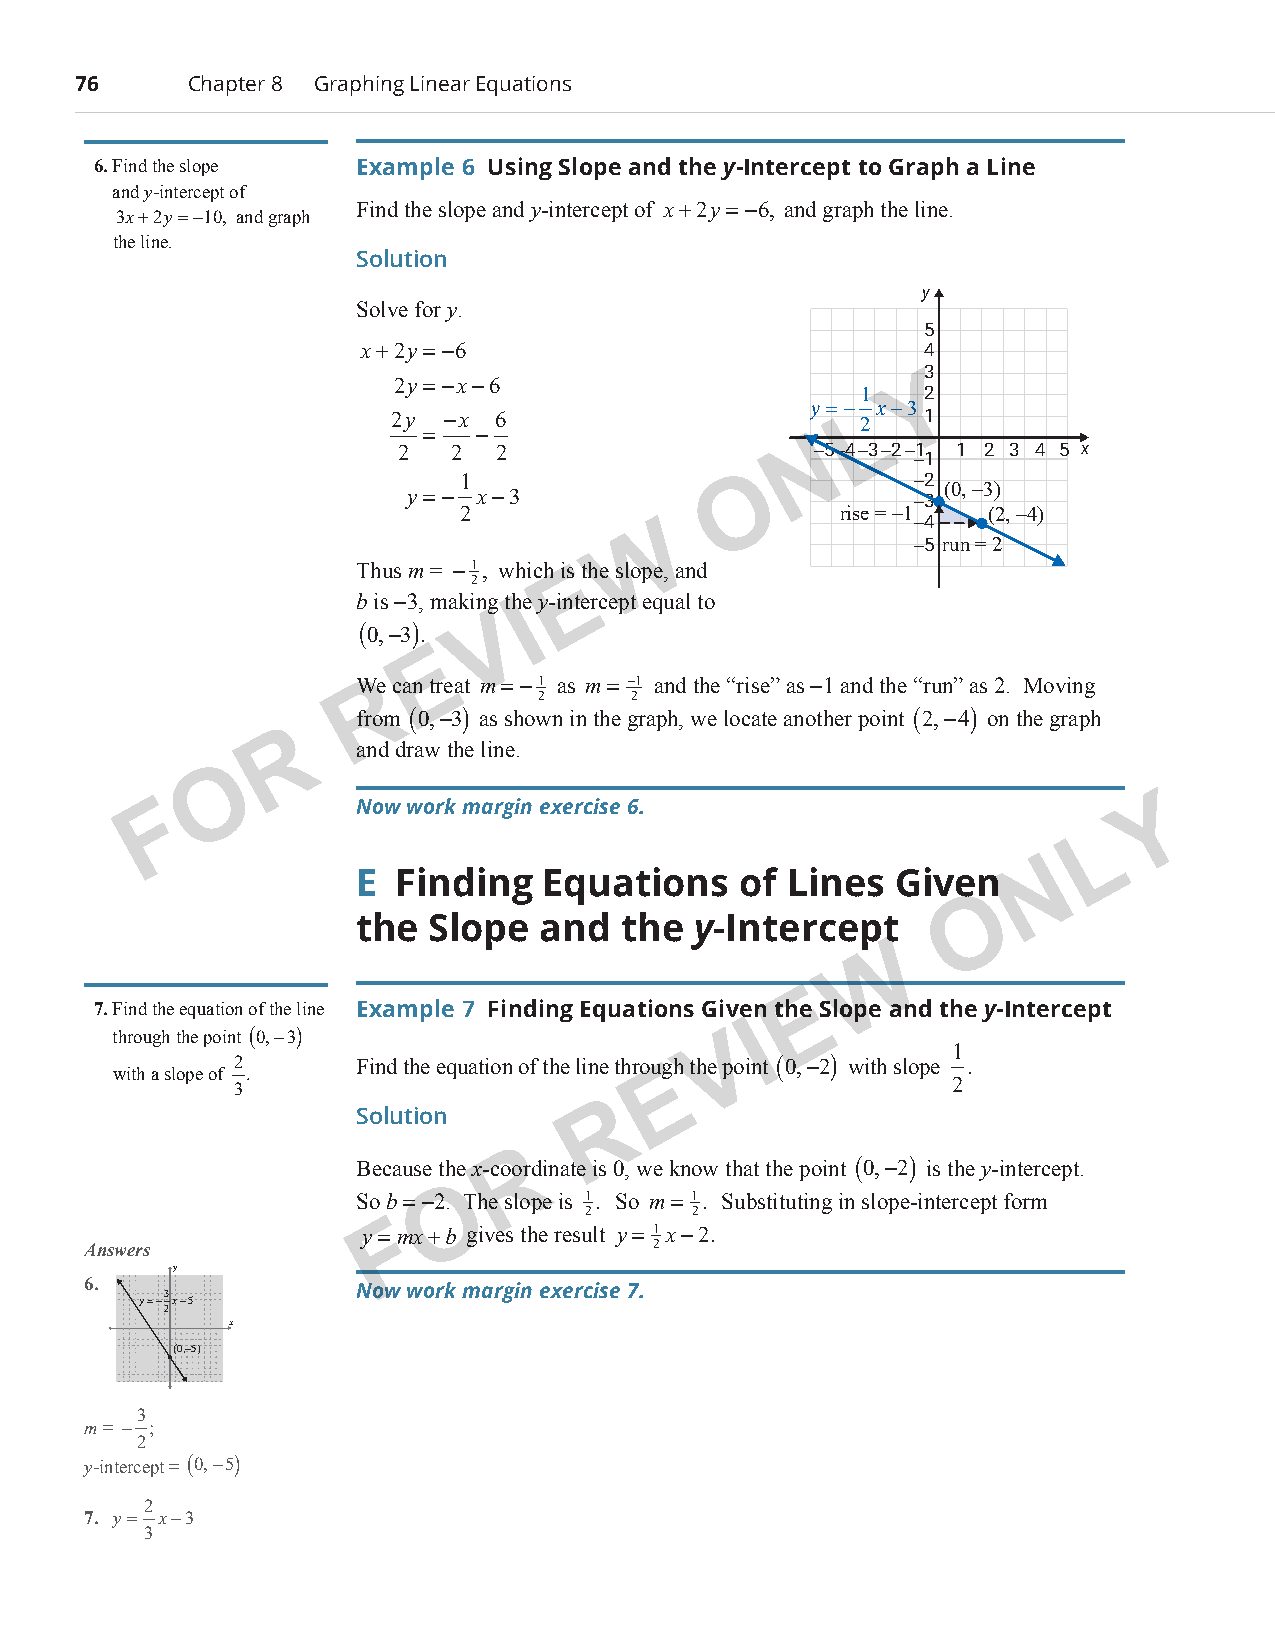
76      Chapter 8 Graphing Linear Equations
 6. Find the slope Example 6 Using Slope and the y-Intercept to Graph a Line
 and y-intercept of
 Find the slope and y-intercept of x+2y=−6, and graph the line.
 3x+2y=−10, and graph
 the line.
 Solution
 y
 Solve for y.
 5
 x+2y=−6                              4
 3
 2y=−x−6                            Y
 1   2
 y=− x−3
 2y  −x 6                       2L  1
 =   −
 2  2  2                   N −5−4−3−2−1 1 2 3 4 5 x
 −1
 1                 O           −2
 y=−  x−3                          −3 (0, −3)
 2                        rise = −1
 −4
 (2, −4)
 W
 −5 run = 2
 Thus m = −1, which is the slope, and
 E
 2
 b is −3, making the y-intercept equal to
 I
 V
 (0,−3).
 E
 WRe can treat m=−1 as m= −1 and the “rise” as −1 and the “run” as 2. Moving
 2     2
 from (0,−3) as shown in the graph, we locate another point (2,−4) on the graph
 R
 and draw the line.
 O
 F            Now work margin exercise 6.                          Y
 L
 N
 E Finding   Equations    of Lines  Given
 O
 the  Slope  and  the  y-Intercept
 W
 E
 7. Find the equation of the line Example 7 Finding Equations Given the Slope and the y-Intercept
 through the point (0,−3)                V I
 1
 2       Find the equation of the line through the point (0,−2) with slope .
 with a slope of .                   E
 3                                              2
 R
 Solution
 R
 Because the x-coordinate is 0, we know that the point (0,−2) is the y-intercept.
 O
 So b = −2. The slope is 1. So m= 1. Substituting in slope-intercept form
 2      2
 y=F mx+b gives the result y= 1x−2.
 Answers                              2
 y
 6.
 3            Now work margin exercise 7.
 y=− x−5
 2
 x
 (0,−5)
 3
 m = − ;
 2
 y-intercept =
 (0,−5)
 2
 7. y= x−3
 3
 PCM_Marketing_Booklet.indb 76                                            10/11/2017 10:02:50 AM